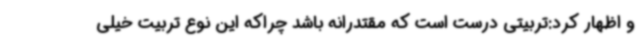
و اظهار کرد:تربیتی درست است که مقتدرانه باشد چراکه این نوع تربیت خیلی